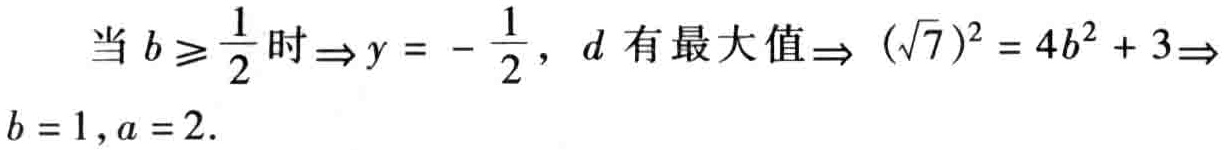
当 \(b \geqslant \frac{1}{2}\) 时\(\Rightarrow y = - \frac{1}{2}\)，\(d\) 有最大值\(\Rightarrow (\sqrt{7})^{2} = 4b^{2} + 3\Rightarrow b = 1,a = 2\).